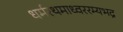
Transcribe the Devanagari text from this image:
धर्मरथमाध्वररम्यभद्र